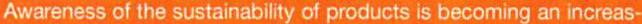
Awareness of the sustainability of products is becoming an increas-